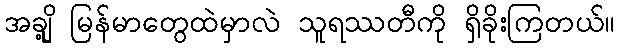
အချို့ မြန်မာတွေထဲမှာလဲ သူရဿတီကို ရှိခိုးကြတယ်။